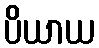
ပိယာယ